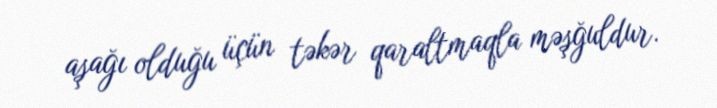
aşağı olduğu üçün təkər qaraltmaqla məşğuldur.